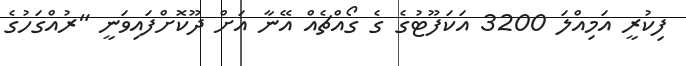
ފިކުރީ އަމިއްލަ 3200 އަކަފޫޓުގެ ގެ ގޯއްޗެއް އޭނާ އަށް ދޫކޮށްފައިވަނީ "ރުއްގަހުގެ